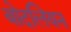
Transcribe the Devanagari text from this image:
बोदलियन